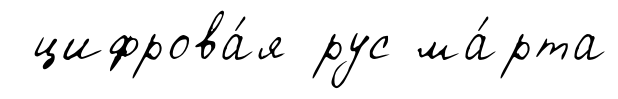
цифрова́я рус ма́рта